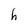
Character: h